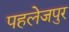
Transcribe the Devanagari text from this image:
पहलेजपुर